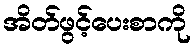
အိတ်ဖွင့်ပေးစာကို